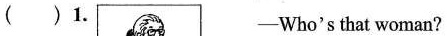
( )1. ——Who's that woman?